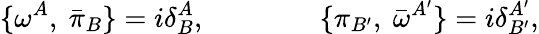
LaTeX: \{ \omega^{A},\ {\bar{\pi}_{B}}\} =i{\delta}_{B}^{A},\qquad\qquad\{ \pi_{B^{\prime}},\ {\bar{\omega}}^{A^{\prime}}\} =i{\delta}_{B^{\prime}}^{A^{\prime}},